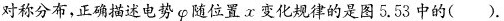
对称分布，正确描述电势 φ 随位置 α 变化规律的是图 5.53 中的( )。